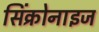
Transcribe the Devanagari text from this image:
सिंक्रोनाइज